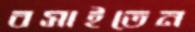
বসাইতেন